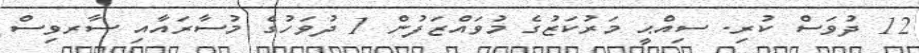
12 ދުވަސް ކުރި. ސިއްޙީ މަރުކަޒުގެ މުވައްޒަފުން 1 ދުވަހުގެ މުސާރައާއި ސާރވިސް